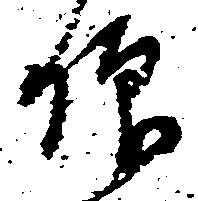
仰